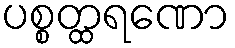
ပစ္စတ္ထရဏော